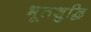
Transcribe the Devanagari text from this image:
भूतशुद्धि